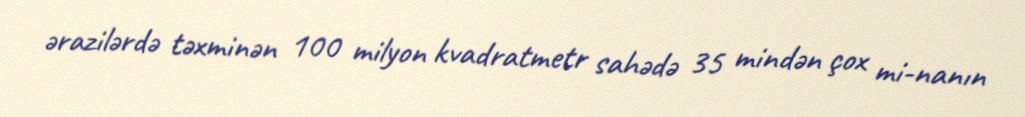
ərazilərdə təxminən 100 milyon kvadratmetr sahədə 35 mindən çox mi­nanın